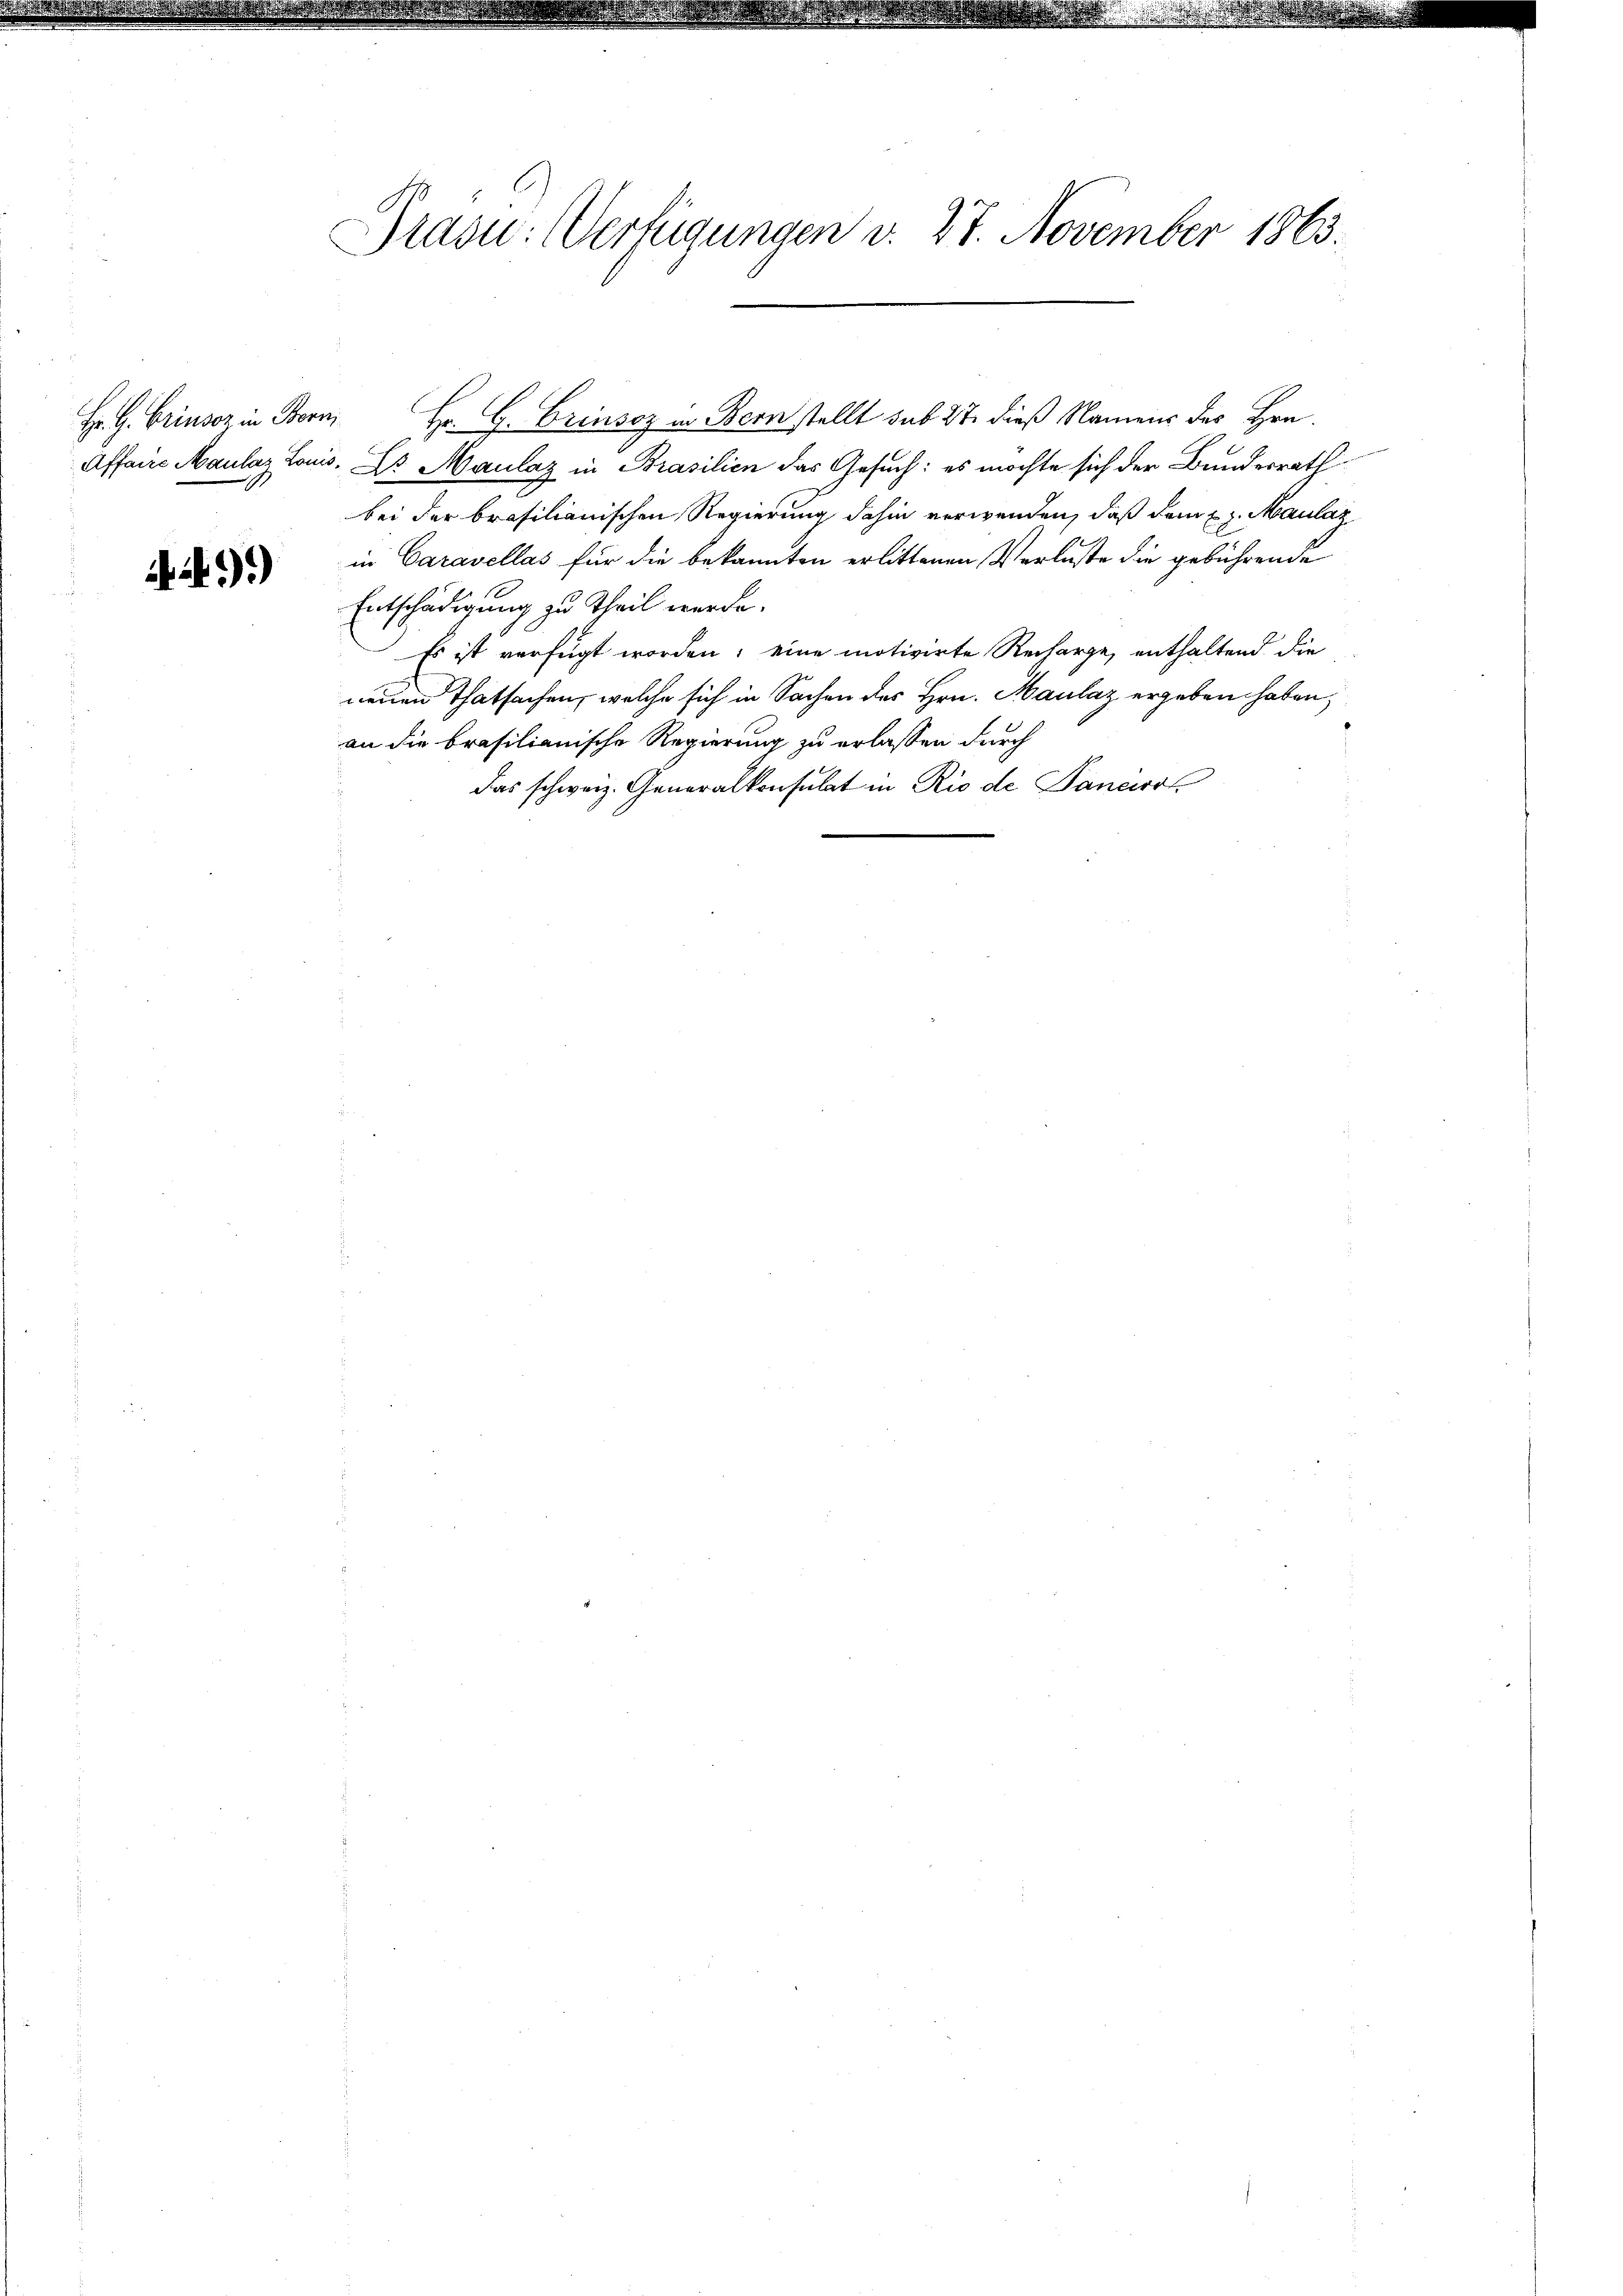
)

Grasu: Verfügungen v. 27. November 1863.

Hr. G. Grinsoz in Bern, Hr. G. Crinsoz in Bern stellt sub 27. dieß Namens des Hrn.
Affaire Maulaz Louis. Dr Maulaz in Brasilien das Gesuch: es möchte sich der Bundesrath
bei der brasilianischen Regierung dahin verwenden, daß dem E. Maulaz
in Caravellas für die bekannten erlittenen Verluste die gebührende
Entschädigung zu Theil werde.
Es ist verfügt worden; eine motivirte Recharge, enthaltend die
neuen Thatsachen, welche sich in Sachen des Hrn. Maulaz ergeben haben,
an die brasilianische Regierung zu erlassen durch
Das schweiz. Generalkonsulat in Rio de Pancirol